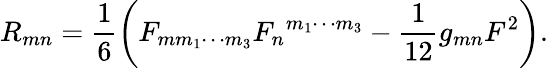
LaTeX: R_{mn}=\frac{1}{6}\left(F_{mm_{1}\cdots m_{3}}{F_{n}}^{m_{1}\cdots m_{3}}-\frac{1}{12}g_{mn}F^{2}\right).